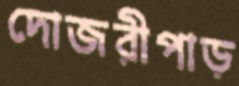
দোজরীপাড়